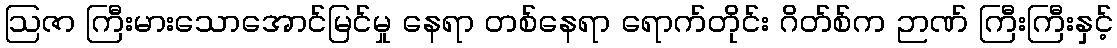
ဩဇာ ကြီးမားသောအောင်မြင်မှု နေရာ တစ်နေရာ ရောက်တိုင်း ဂိတ်စ်က ဉာဏ် ကြီးကြီးနှင့်